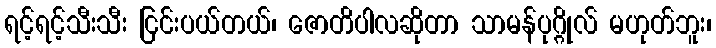
ရင့်ရင့်သီးသီး ငြင်းပယ်တယ်၊ ဇောတိပါလဆိုတာ သာမန်ပုဂ္ဂိုလ် မဟုတ်ဘူး၊